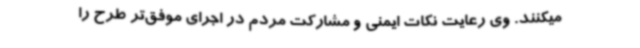
میکنند. وی رعایت نکات ایمنی و مشارکت مردم در اجرای موفق‌تر طرح را